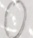
0